Civil Veterinary Department Bihar reports 1940-50 - 1940-1950
Year: 1940
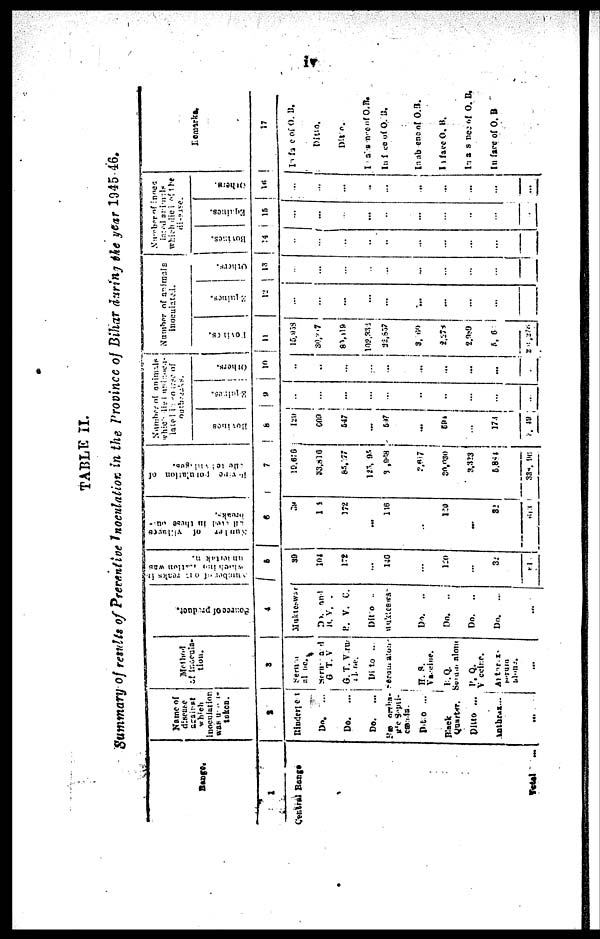
iv
TABLE II.
Summary of results of Prerentive Inoculation in the Province of Bihar during the year 1945 46.
Range.
1
Central Range
Total ...
Name of
disease
which
Inoculation
was under
taken.
2
Rinderpest
Do.
...
Do. ...
Do.
...
See orrha-
gic Septi-
cæmia
Ditto ...
Black
Quarter.
Ditto ...
Anthrax ...
...
Method
of inocula-
tion.
3
Serma
alone.
Serma
G. T. V
G. T. Viru
Ditto ...
Seram alone
R. S.
Vaccine..
R. Q.
Serum alone
P. Q.
Vaccine
Anthrax
Serum
alone.
...
Source of product.
4
Mukteswar
Do. and
R. V. .
H. V. C.
Ditto ..
Mukteswa
Do.
..
Do.
..
Do.
..
Do.
...
...
Number
of
on
Which action was
undertaken.
5
39
104
172
...
146
...
1:0
...
32
51
Kunter of
villages
breaks.
6
39
104
172
...
116
...
120
...
32
643
population of
7
19,676
33,836
85,977
123,095
3 ,968
2,617
30,030
3,323
5,884
338,96
Number animals
which died uninocu-
lated horse of
outbreaks.
Bovines
8
120
con
547
...
597
...
594
...
173
2,049
Equines
9
...
...
...
...
...
...
...
...
...
...
Others.
10
...
...
...
...
...
...
...
...
...
Number of animals
inoculated.
Bovines.
11
15,953
30,217
80,118
102,332
22,857
3, 60
2,275
2,989
5, 6
20,278
Equines.
12
...
...
...
...
...
...
...
...
...
Others.
13
...
...
...
...
...
...
...
...
...
Number of inocu-
lated animals
diseases.
Bovines.
14
...
...
...
...
...
...
...
...
...
Equines.
15
...
...
...
...
...
...
...
...
...
...
Others.
16
...
...
...
...
...
...
...
...
...
...
Remarks.
17
In face of O. B.
Ditto.
Ditto.
I absence of O. B.
In face of O. B.
In absenc of O. B.
In face O. B.
In absance O. B.
In face of O. B.